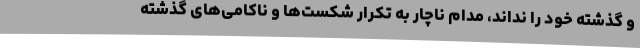
و گذشته خود را نداند، مدام ناچار به تکرار شکست‌ها و ناکامی‌های گذشته